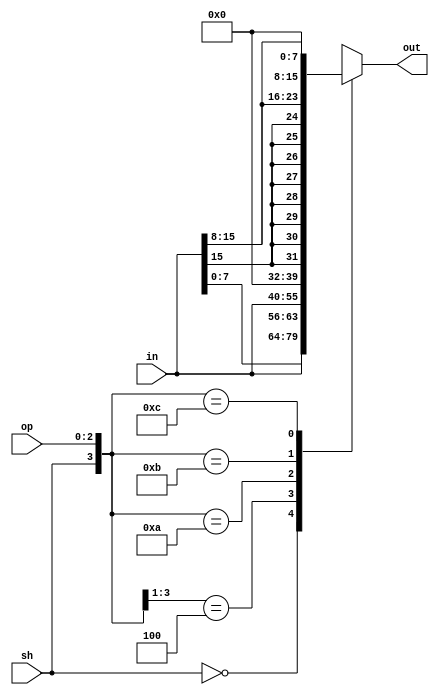
module shifter_8(in, op, sh, out);
	input [15:0] in;
	input [2:0] op;
	input sh;
	output reg [15:0] out;

	always @(*) begin
		casex({sh, op})
		4'b0_xxx:
			//no shift assign out to in
			out = in;
		4'b1_00x:
			out = {in[7:0], in[15:8]};
		4'b1_010:
			out = {in[7:0], 8'b0};
		4'b1_011:
			out = {{8{in[15]}}, in[15:8]};
		4'b1_100:
			out = {8'b0, in[15:8]};
		default:
			out = 16'hXXXX;
		endcase
	end
endmodule